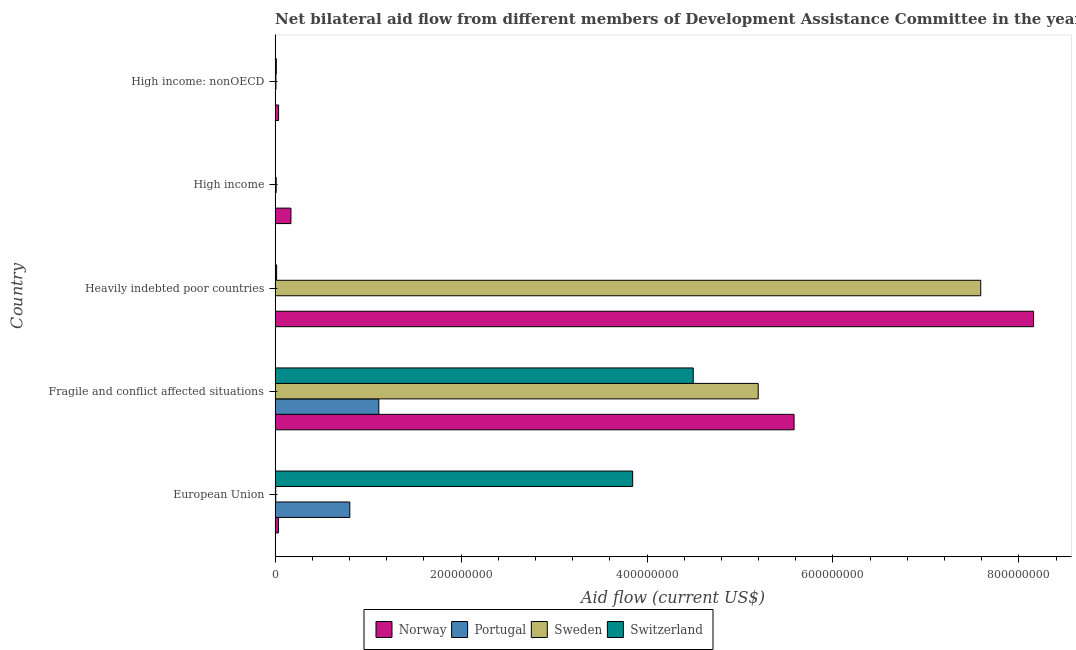
| Country | Norway | Portugal | Sweden | Switzerland |
 | --- | --- | --- | --- | --- |
 | European Union | 3.6e+06 | 8.04e+07 | 7.1e+05 | 3.85e+08 |
 | Fragile and conflict affected situations | 5.58e+08 | 1.12e+08 | 5.2e+08 | 4.5e+08 |
 | Heavily indebted poor countries | 8.16e+08 | 2.3e+05 | 7.59e+08 | 1.64e+06 |
 | High income | 1.71e+07 | 1.4e+05 | 1.2e+06 | 3.1e+05 |
 | High income: nonOECD | 3.78e+06 | 9e+04 | 9e+05 | 1.33e+06 |